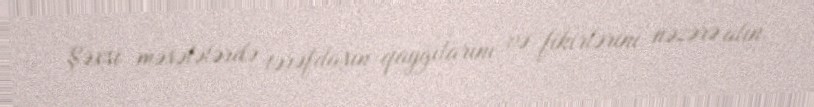
Şəxsi məsələlərdə tərəfdaşın qayğılarını və fikirlərini nəzərə alın.